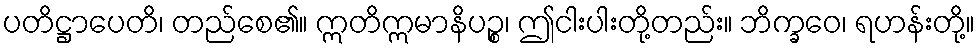
ပတိဋ္ဌာပေတိ၊ တည်စေ၏။ ဣတိဣမာနိပဉ္စ၊ ဤငါးပါးတို့တည်း။ ဘိက္ခဝေ၊ ရဟန်းတို့။